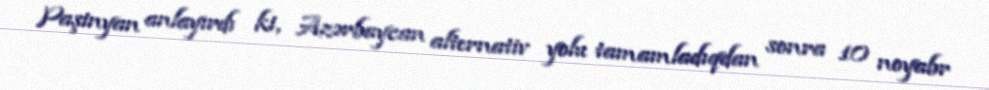
Paşinyan anlayırdı ki, Azərbaycan alternativ yolu tamamladıqdan sonra 10 noyabr